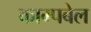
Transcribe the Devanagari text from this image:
काम्पबेल